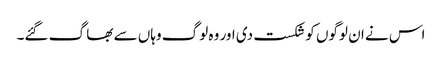
اس نے ان لوگوں کو شکست دی اور وہ لوگ وہاں سے بھا گ گئے۔